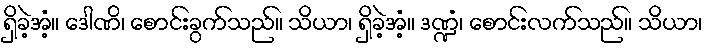
ရှိခဲ့အံ့။ ဒေါဏိ၊ စောင်းခွက်သည်။ သိယာ၊ ရှိခဲ့အံ့။ ဒဏ္ဍံ၊ စောင်းလက်သည်။ သိယာ၊